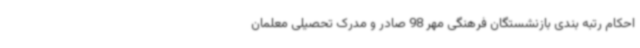
احکام رتبه بندی بازنشستگان فرهنگی مهر 98 صادر و مدرک تحصیلی معلمان